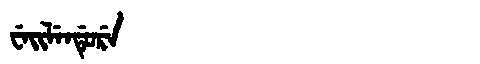
Manchu: ᠸᡝᡳᠯᡝᠨᡩᡠᡵᡝ
Romanization: WEILENDURE